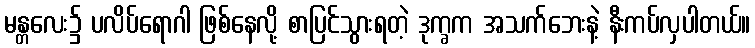
မန္တလေး၌ ပလိပ်ရောဂါ ဖြစ်နေလို့ စာပြင်သွားရတဲ့ ဒုက္ခက အသက်ဘေးနဲ့ နီးကပ်လှပါတယ်။